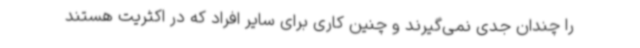
را چندان جدی نمی‌گیرند و چنین کاری برای سایر افراد که در اکثریت هستند